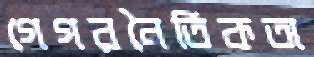
গেগরনৈতিকতা